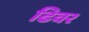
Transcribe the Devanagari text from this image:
ढिवर